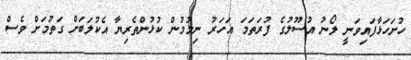
ހުށަހަޅާފައިވަނީ ލޯނު އުސޫލުގެ ފުރަތަމަ އަހަރު ނިމުމުން ކުޅުންތެރިޔާ އެކުލަބަށް ގަތުމަށް ވެސް